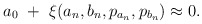
\begin{align*}a_{0}\,\,+\,\,\xi(a_{n}, b_{n}, p_{a_{n}}, p_{b_{n}}) \approx 0.\end{align*}